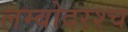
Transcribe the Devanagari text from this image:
लम्बोदरश्च